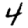
Digit: 4